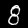
Digit: 8